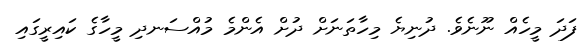
ފަދަ މީހެއް ނޫނެވެ. ދުނިޔެ މިހާތަނަށް ދުށް އެންމެ މުއްސަނދި މީހާގެ ކައިރީގައި